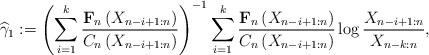
LaTeX: \begin{align*}\widehat{\gamma }_{1}:=\left( \sum\limits_{i=1}^{k}\frac{\mathbf{F}_{n}\left( X_{n-i+1:n}\right) }{C_{n}\left( X_{n-i+1:n}\right) }\right)^{-1}\sum_{i=1}^{k}\frac{\mathbf{F}_{n}\left( X_{n-i+1:n}\right) }{C_{n}\left( X_{n-i+1:n}\right) }\log \frac{X_{n-i+1:n}}{X_{n-k:n}},\end{align*}